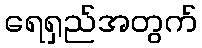
ရေရှည်အတွက်